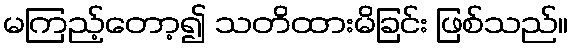
မကြည့်တော့၍ သတိထားမိခြင်း ဖြစ်သည်။